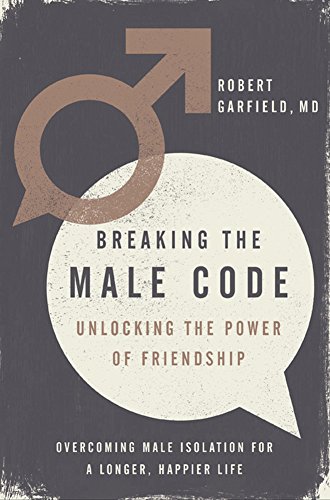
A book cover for Breaking the Male Code: Unlocking the Power of Friendship; Robert Garfield; Self-Help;